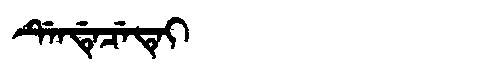
Manchu: ᡩᡝᠨᡩᡝᠴᡝᡨᡝᡳ
Romanization: DENDECETEI